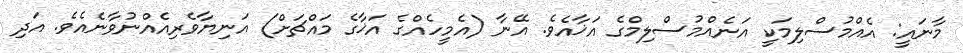
މާނައީ: އެއްމުސްލިމަކީ އަނެއްމުސްލިމްގެ އަޚާއެވެ. އޭނާ (އެމީހެއްގެ އަޚާގެ މައްޗަށް) އަނިޔާވެރިއެއްނުވާނެއެވެ. އަދި